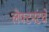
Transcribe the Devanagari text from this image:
लेफ्टनंटचे